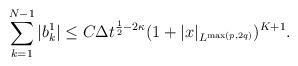
LaTeX: \begin{align*}\sum_{k=1}^{N-1}|b_k^1|\le C\Delta t^{\frac12-2\kappa}(1+|x|_{L^{\max(p,2q)}})^{K+1}.\end{align*}